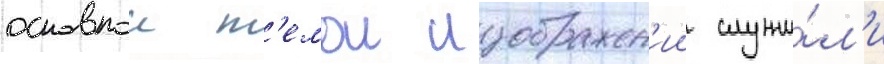
основнои т'емои изображен'ии служи́л'и